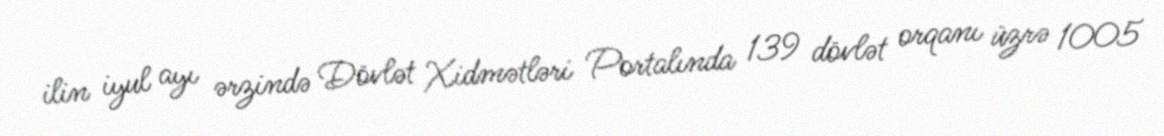
ilin iyul ayı ərzində Dövlət Xidmətləri Portalında 139 dövlət orqanı üzrə 1005